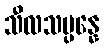
သီလသမ္ပန္နေ